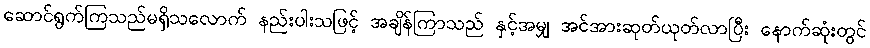
ဆောင်ရွက်ကြသည်မရှိသလောက် နည်းပါးသဖြင့် အချိန်ကြာသည် နှင့်အမျှ အင်အားဆုတ်ယုတ်လာပြီး နောက်ဆုံးတွင်